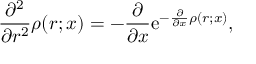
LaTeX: \frac { \partial ^ { 2 } } { \partial r ^ { 2 } } \rho ( r ; x ) = - \frac { \partial } { \partial x } \mathrm { e } ^ { - \frac { \partial } { \partial x } \rho ( r ; x ) } ,